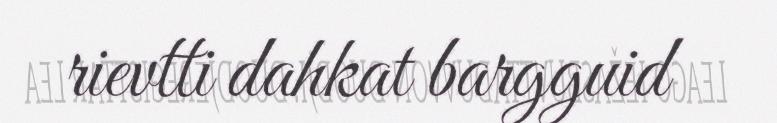
rievtti dahkat bargguid